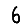
Digit: 6